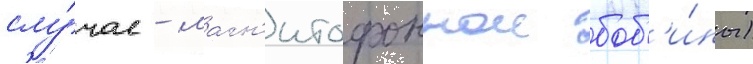
слу́чае - магн'итофоннои боб'и́ны)